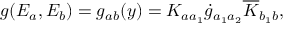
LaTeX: g ( E _ { a } , E _ { b } ) = g _ { a b } ( y ) = K _ { a a _ { 1 } } \dot { g } _ { a _ { 1 } a _ { 2 } } \overline { { { K } } } _ { b _ { 1 } b } ,